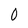
Character: 0